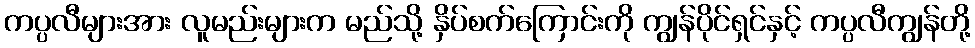
ကပ္ပလီများအား လူမည်းများက မည်သို့ နှိပ်စက်ကြောင်းကို ကျွန်ပိုင်ရှင်နှင့် ကပ္ပလီကျွန်တို့